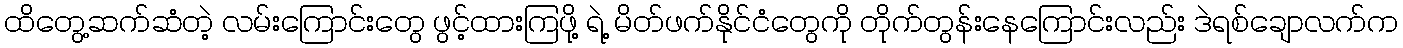
ထိတွေ့ဆက်ဆံတဲ့ လမ်းကြောင်းတွေ ဖွင့်ထားကြဖို့ ရဲ့ မိတ်ဖက်နိုင်ငံတွေကို တိုက်တွန်းနေကြောင်းလည်း ဒဲရစ်ချောလက်က